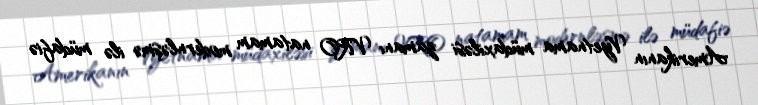
Amerikanın Vyetnama müdaxiləsi zamanı VRO natamam modernləşmə ilə müdafiə